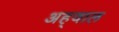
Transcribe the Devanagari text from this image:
अह्‌वाल